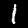
Label: 1